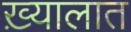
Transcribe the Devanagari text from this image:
ख़्यालात